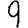
Digit: 9